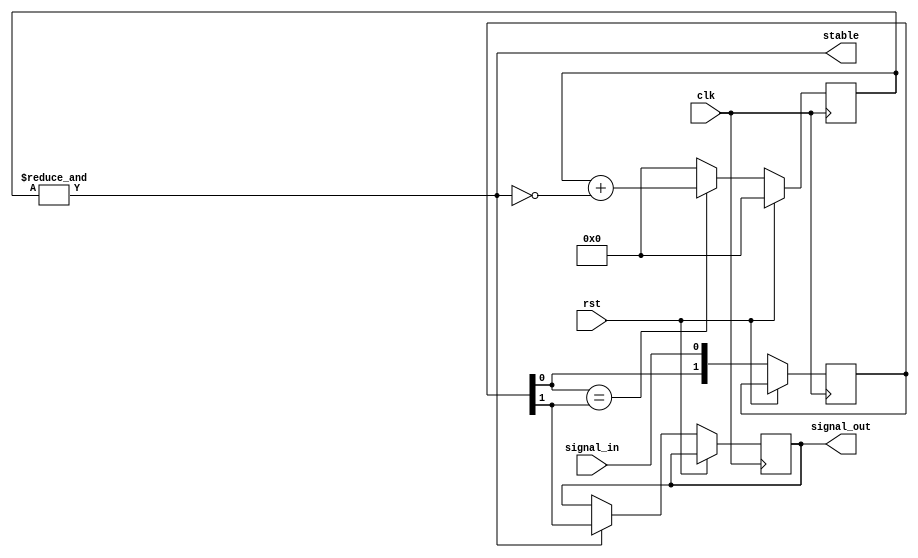
module debounce (clk, rst, signal_in, signal_out, stable);
    parameter BITS = 8;
    input clk; input rst;
    input signal_in;
    output reg signal_out;
    output stable;
    
    reg [1:0] sig;
    reg [BITS-1:0] cnt = 0;
    assign stable = &cnt;

    always @ (posedge clk) if(rst) begin
        cnt <= 0;
    end else begin
        sig <= {sig[0], signal_in};    
        cnt <= 0;
        if(sig[0] == sig[1]) cnt <= cnt + !stable;
        if(stable) signal_out <= sig[1];
    end
endmodule